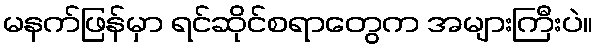
မနက်ဖြန်မှာ ရင်ဆိုင်စရာတွေက အများကြီးပဲ။